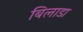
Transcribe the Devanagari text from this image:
बिलाडा